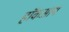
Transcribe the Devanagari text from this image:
हॉकआय